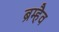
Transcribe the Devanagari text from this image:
ब्रम्हैव